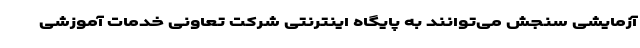
آزمایشی سنجش می‌توانند به پایگاه اینترنتی شرکت تعاونی خدمات آموزشی